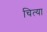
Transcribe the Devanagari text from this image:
चित्या